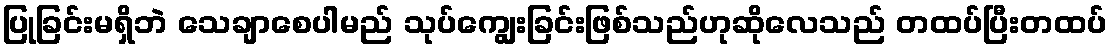
ပြုခြင်းမရှိဘဲ သေချာစေပါမည် သုပ်ကျွေးခြင်းဖြစ်သည်ဟုဆိုလေသည် တထပ်ပြီးတထပ်